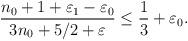
LaTeX: \begin{align*}\frac{n_0+1+\varepsilon_1-\varepsilon_0}{3n_0+5/2+\varepsilon}\leq\frac13+\varepsilon_0.\end{align*}